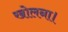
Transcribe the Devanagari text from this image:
खोलना।